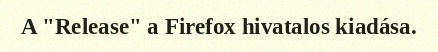
A "Release" a Firefox hivatalos kiadása.